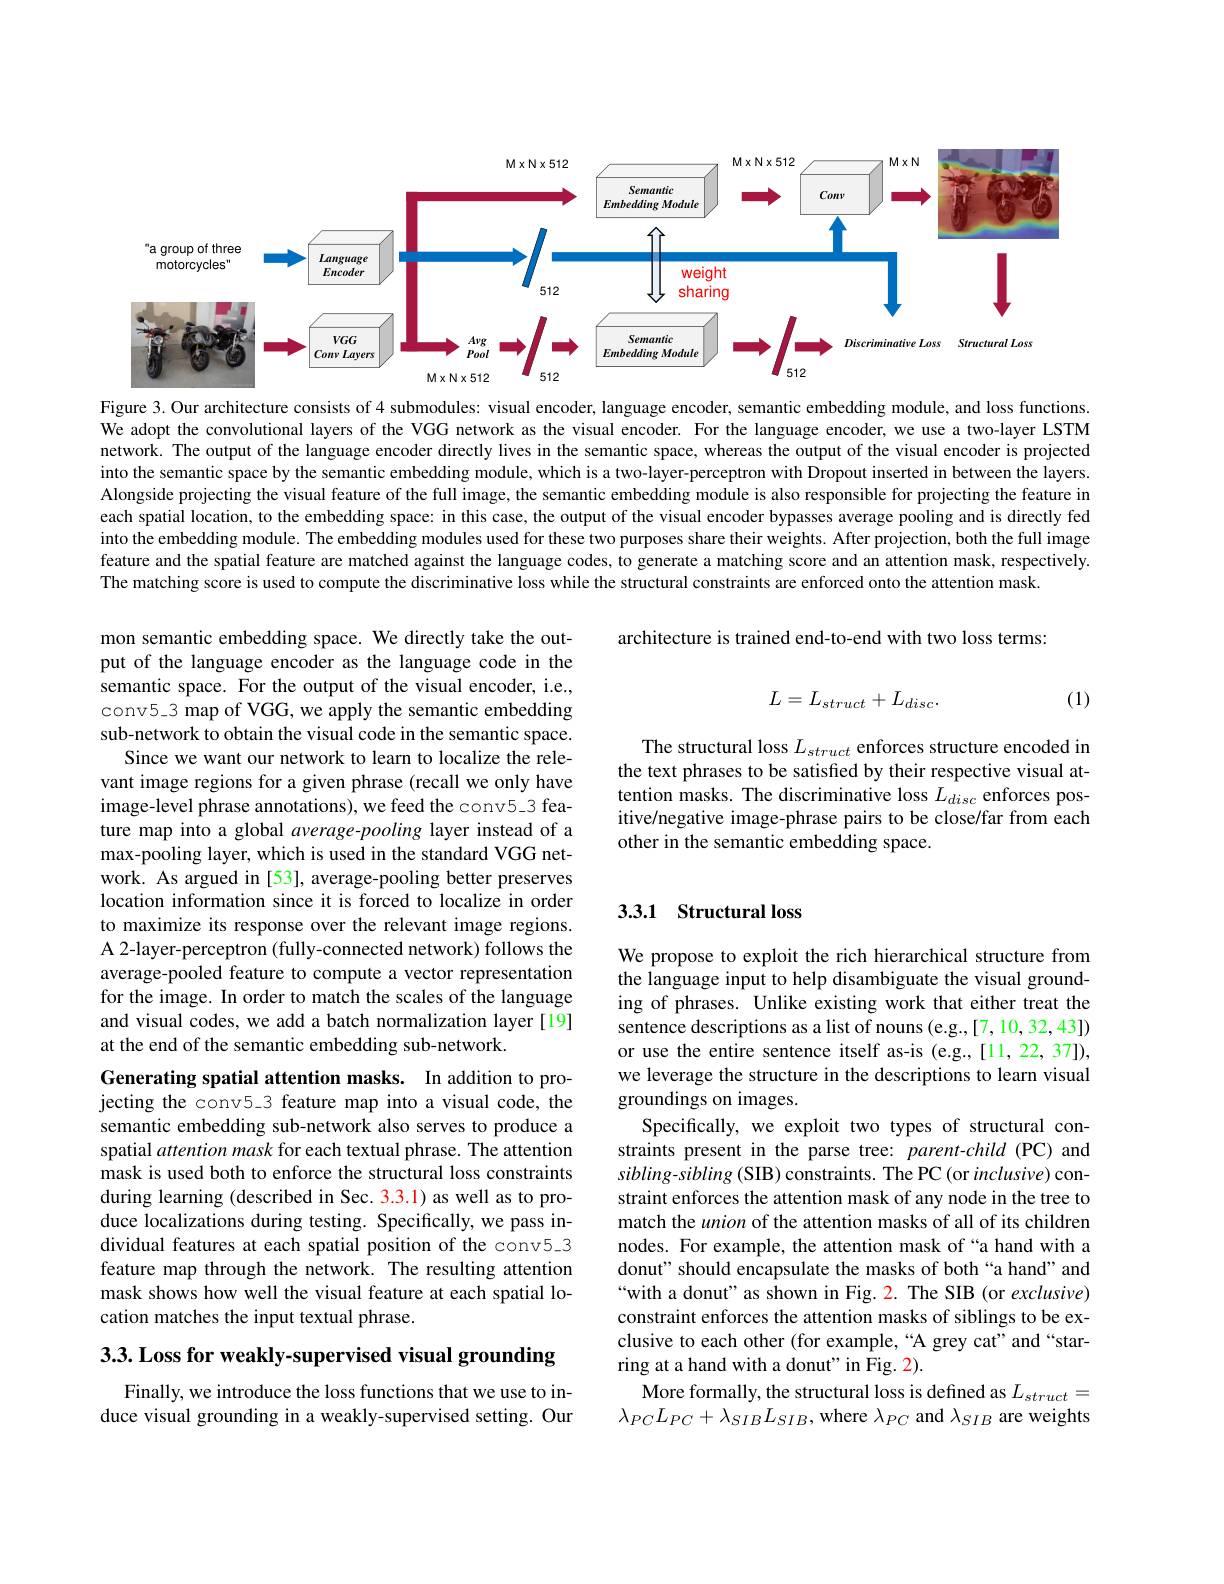
<FigureHere>

Figure 3. Our architecture consists of 4 submodules: visual encoder, language encoder, semantic embedding module, and loss functions. We adopt the convolutional layers of the VGG network as the visual encoder. For the language encoder, we use a two-layer LSTM network. The output of the language encoder directly lives in the semantic space, whereas the output of the visual encoder is projected into the semantic space by the semantic embedding module, which is a two-layer-perceptron with Dropout inserted in between the layers. Alongside projecting the visual feature of the full image, the semantic embedding module is also responsible for projecting the feature in each spatial location, to the embedding space: in this case, the output of the visual encoder bypasses average pooling and is directly fed into the embedding module. The embedding modules used for these two purposes share their weights. After projection, both the full image feature and the spatial feature are matched against the language codes, to generate a matching score and an attention mask, respectively. The matching score is used to compute the discriminative loss while the structural constraints are enforced onto the attention mask.

architecture is trained end-to-end with two loss terms:
$$L=L_{struct}+L_{disc}.$$
(1)

The structural loss $L_struct$ enforces structure encoded in the text phrases to be satisfied by their respective visual attention masks. The discriminative loss $L_{disc}$ enforces positive/negative image-phrase pairs to be close/far from each other in the semantic embedding space.

mon semantic embedding space. We directly take the output of the language encoder as the language code in the semantic space. For the output of the visual encoder, i.e., conv5\_3 map of VGG, we apply the semantic embedding sub-network to obtain the visual code in the semantic space.
Since we want our network to learn to localize the relevant image regions for a given phrase (recall we only have image-level phrase annotations), we feed the conv5\_3 feature map into a global average-pooling layer instead of a max-pooling layer, which is used in the standard VGG network. As argued in [53], average-pooling better preserves location information since it is forced to localize in order to maximize its response over the relevant image regions. A 2-layer-perceptron (fully-connected network) follows the average-pooled feature to compute a vector representation for the image. In order to match the scales of the language and visual codes, we add a batch normalization layer [19] at the end of the semantic embedding sub-network.

## 3.3.1 Structural loss

We propose to exploit the rich hierarchical structure from the language input to help disambiguate the visual grounding of phrases. Unlike existing work that either treat the sentence descriptions as a list of nouns (e.g.,[7,10,32,43]) or use the entire sentence itself as-is (e.g.,[11,22,37]), we leverage the structure in the descriptions to learn visual groundings on images.
Specifically, we exploit two types of structural constraints present in the parse tree: parent-child (PC) and $sibling-sibling$ (SIB) constraints. The PC (or inclusive) constraint enforces the attention mask of any node in the tree to match the union of the attention masks of all of its children nodes. For example, the attention mask of“a hand with a donut" should encapsulate the masks of both “a hand” and “with a donut’ as shown in Fig. 2. The SIB (or exclusive) constraint enforces the attention masks of siblings to be exclusive to each other (for example,“A grey cat" and“starring at a hand with a donut" in Fig. 2).
More formally, the structural loss is defined as $L_{struct}=$ $\lambda_{PC}L_{PC}+\lambda_{SIB}L_{SIB}$, where $\lambda_PC$ and $\lambda_SIB$ are weights

Generating spatial attention masks. In addition to projecting the conv5\_3 feature map into a visual code, the semantic embedding sub-network also serves to produce a spatial attention mask for each textual phrase. The attention mask is used both to enforce the structural loss constraints during learning (described in Sec. 3.3.1) as well as to produce localizations during testing. Specifically, we pass individual features at each spatial position of the conv5-3 feature map through the network. The resulting attention mask shows how well the visual feature at each spatial location matches the input textual phrase.

3.3. Loss for weakly-supervised visual grounding

Finally, we introduce the loss functions that we use to induce visual grounding in a weakly-supervised setting. Our